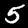
Digit: 5